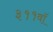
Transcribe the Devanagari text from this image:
३११वॉ